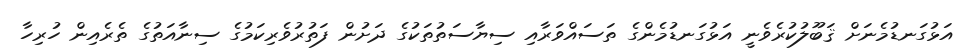
އަޅުގަނޑުމެނަށް ޤަބޫލުކުރެވެނީ އަޅުގަނޑުމެންގެ ތަސައްވަރާއި ސިޔާސަތުތަކުގެ ދަށުން ފަތުރުވެރިކަމުގެ ސިނާއަތުގެ ތެރެއިން ހުރިހާ